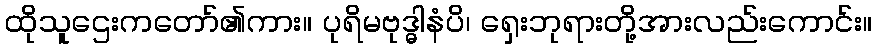
ထိုသူဌေးကတော်၏ကား။ ပုရိမဗုဒ္ဓါနံပိ၊ ရှေးဘုရားတို့အားလည်းကောင်း။